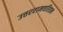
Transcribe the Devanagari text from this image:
उत्तररामचरितम